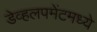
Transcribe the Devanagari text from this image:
डेव्हलपमेंटमध्ये